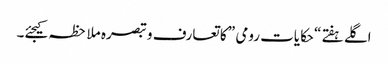
اگلے ہفتے “حکایات رومی ” کا تعارف و تبصرہ ملاحظہ کیجئے۔